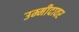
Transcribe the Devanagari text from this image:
उम्मीदावर